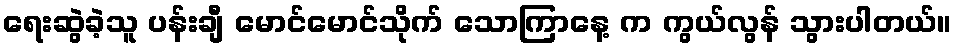
ရေးဆွဲခဲ့သူ ပန်းချီ မောင်မောင်သိုက် သောကြာနေ့ က ကွယ်လွန် သွားပါတယ်။